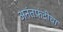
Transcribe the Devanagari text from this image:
अनंतफंदीचा